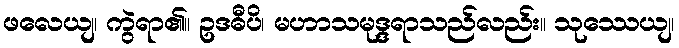
ဖလေယျ၊ ကွဲရာ၏။ ဥဒဓီပိ၊ မဟာသမုဒ္ဒရာသည်လည်း။ သုဿေယျ၊